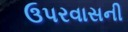
ઉપરવાસની